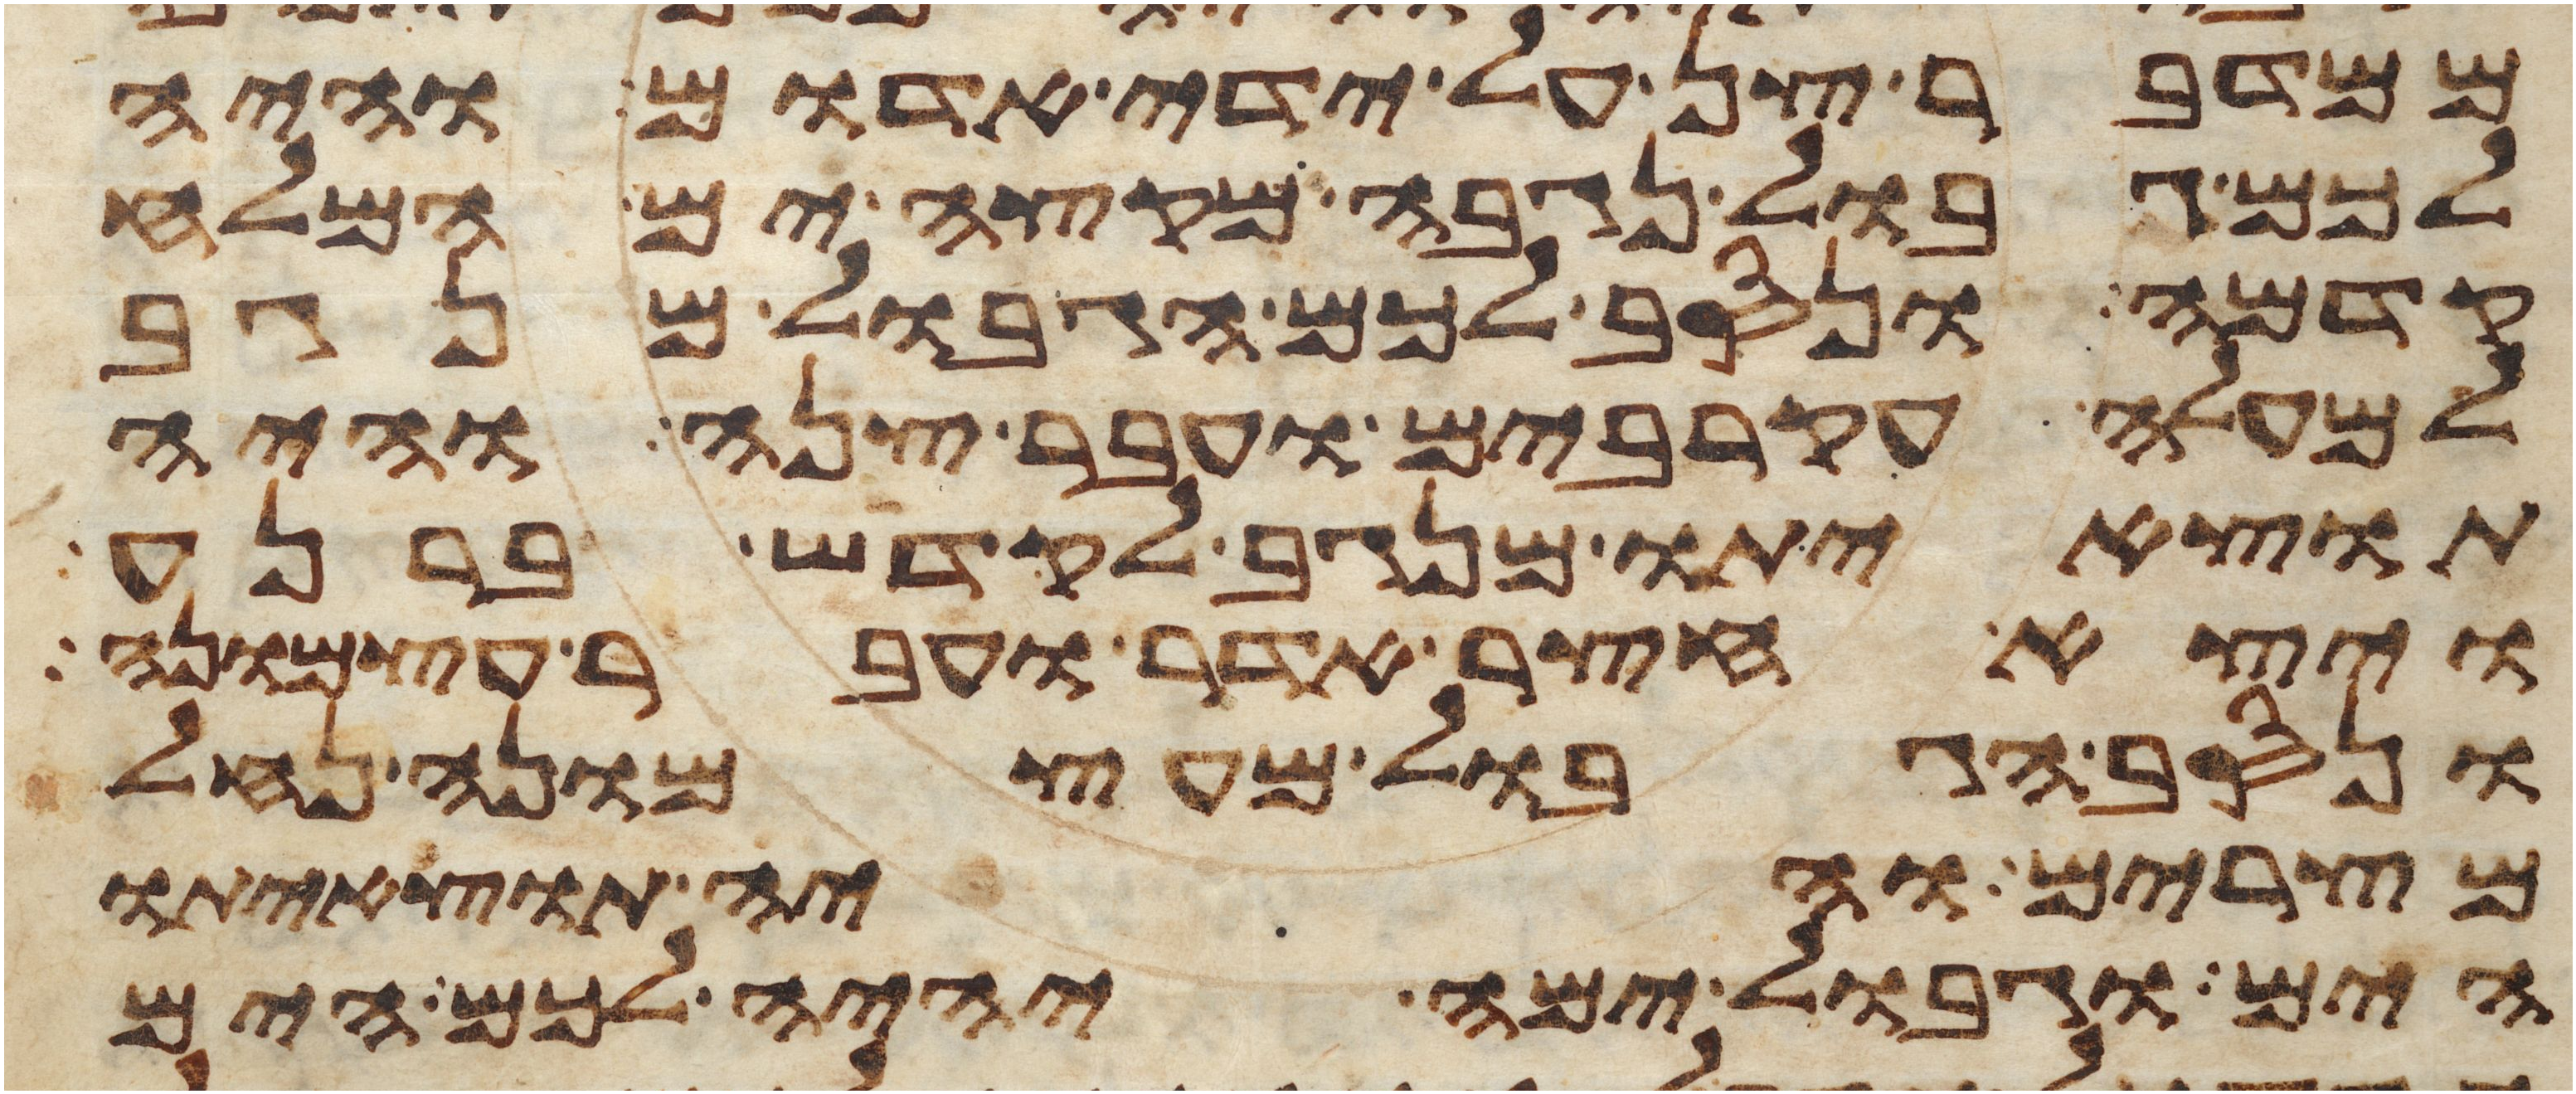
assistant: ממדבר צן על ידי אדום והיה
לכם גבול נגבה מקצה ים המלח
קדמה ונסב לכם הגבול מנגב
למעלה עקרבים ועבר צנה והיה
תוצאיתו מנגב לקדש ברנע
ויצא חצר אדר ועבר עצמונה
ונסב הגבול מעצמונה נחל
מצרים והיה תוצאיתו
הים וגבול ימה יהיה לכם הים